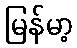
မြန်မာ့